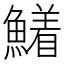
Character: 𮬍